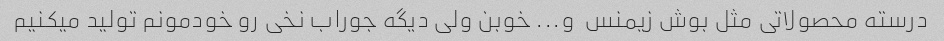
درسته محصولاتی مثل بوش زیمنس  و... خوبن ولی دیگه جوراب نخی رو خودمونم تولید میکنیم